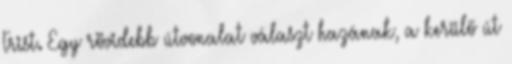
Trist. Egy rövidebb útvonalat választ hazának, a kerülő út